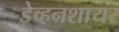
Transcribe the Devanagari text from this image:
डेव्हनशायर